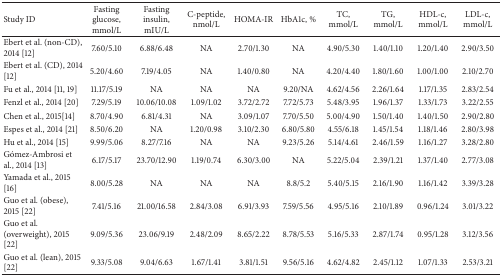
<table><thead><tr><td><b>Study ID</b></td><td><b>Fasting glucose, mmol/L</b></td><td><b>Fasting insulin, mIU/L</b></td><td><b>C-peptide, nmol/L</b></td><td><b>HOMA-IR</b></td><td><b>HbA1c, %</b></td><td><b>TC, mmol/L</b></td><td><b>TG, mmol/L</b></td><td><b>HDL-c, mmol/L</b></td><td><b>LDL-c, mmol/L</b></td></tr></thead><tbody><tr><td>Ebert et al. (non-CD), 2014 [12]</td><td>7.60/5.10</td><td>6.88/6.48</td><td>NA</td><td>2.70/1.30</td><td>NA</td><td>4.90/5.30</td><td>1.40/1.10</td><td>1.20/1.40</td><td>2.90/3.50</td></tr><tr><td>Ebert et al. (CD), 2014 [12]</td><td>5.20/4.60</td><td>7.19/4.05</td><td>NA</td><td>1.40/0.80</td><td>NA</td><td>4.20/4.40</td><td>1.80/1.60</td><td>1.00/1.00</td><td>2.10/2.70</td></tr><tr><td>Fu et al., 2014 [11, 19]</td><td>11.17/5.19</td><td>NA</td><td>NA</td><td>NA</td><td>9.20/NA</td><td>4.62/4.56</td><td>2.26/1.64</td><td>1.17/1.35</td><td>2.83/2.54</td></tr><tr><td>Fenzl et al., 2014 [20]</td><td>7.29/5.19</td><td>10.06/10.08</td><td>1.09/1.02</td><td>3.72/2.72</td><td>7.72/5.73</td><td>5.48/3.95</td><td>1.96/1.37</td><td>1.33/1.73</td><td>3.22/2.55</td></tr><tr><td>Chen et al., 2015[14]</td><td>8.70/4.90</td><td>6.81/4.31</td><td>NA</td><td>3.09/1.07</td><td>7.70/5.50</td><td>5.00/4.90</td><td>1.50/1.40</td><td>1.40/1.50</td><td>2.90/2.80</td></tr><tr><td>Espes et al., 2014 [21]</td><td>8.50/6.20</td><td>NA</td><td>1.20/0.98</td><td>3.10/2.30</td><td>6.80/5.80</td><td>4.55/6.18</td><td>1.45/1.54</td><td>1.18/1.46</td><td>2.80/3.98</td></tr><tr><td>Hu et al., 2014 [15]</td><td>9.99/5.06</td><td>8.27/7.16</td><td>NA</td><td>NA</td><td>9.23/5.26</td><td>5.14/4.61</td><td>2.46/1.59</td><td>1.16/1.27</td><td>3.28/2.80</td></tr><tr><td>Gómez-Ambrosi et al., 2014 [13]</td><td>6.17/5.17</td><td>23.70/12.90</td><td>1.19/0.74</td><td>6.30/3.00</td><td>NA</td><td>5.22/5.04</td><td>2.39/1.21</td><td>1.37/1.40</td><td>2.77/3.08</td></tr><tr><td>Yamada et al., 2015 [16]</td><td>8.00/5.28</td><td>NA</td><td>NA</td><td>NA</td><td>8.8/5.2</td><td>5.40/5.15</td><td>2.16/1.90</td><td>1.16/1.42</td><td>3.39/3.28</td></tr><tr><td>Guo et al. (obese), 2015 [22]</td><td>7.41/5.16</td><td>21.00/16.58</td><td>2.84/3.08</td><td>6.91/3.93</td><td>7.59/5.56</td><td>4.95/5.16</td><td>2.10/1.89</td><td>0.96/1.24</td><td>3.01/3.22</td></tr><tr><td>Guo et al. (overweight), 2015 [22]</td><td>9.09/5.36</td><td>23.06/9.19</td><td>2.48/2.09</td><td>8.65/2.22</td><td>8.78/5.53</td><td>5.16/5.33</td><td>2.87/1.74</td><td>0.95/1.28</td><td>3.12/3.56</td></tr><tr><td>Guo et al. (lean), 2015 [22]</td><td>9.33/5.08</td><td>9.04/6.63</td><td>1.67/1.41</td><td>3.81/1.51</td><td>9.56/5.16</td><td>4.62/4.82</td><td>2.45/1.12</td><td>1.07/1.33</td><td>2.53/3.21</td></tr></tbody></table>